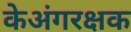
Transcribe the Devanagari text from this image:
केअंगरक्षक